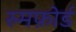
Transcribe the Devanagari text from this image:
रुमफ़ोर्ड